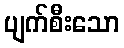
ပျက်စီးသော